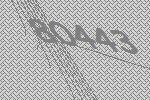
80443